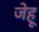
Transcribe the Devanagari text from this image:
जेहू